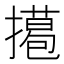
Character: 𢶭